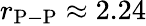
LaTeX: r_{\mathrm{P-P}}\approx 2.24